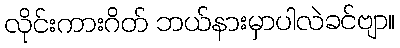
လိုင်းကားဂိတ် ဘယ်နားမှာပါလဲခင်ဗျာ။